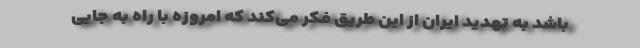
باشد به تهدید ایران از این طریق فکر می‌کند که امروزه با راه به جایی